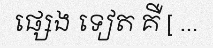
ផ្សេង ទៀត គឺ [ ...